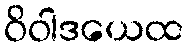
ဝိဝါဒယေထ